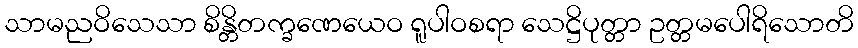
သာမညဝိသေသာ စိန္တိတက္ခဏေယေဝ ရူပါဝစရာ သေဋ္ဌိပုတ္တာ ဥတ္တမပေါရိသောတိ